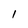
Character: l